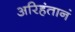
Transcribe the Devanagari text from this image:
अरिहंतानं